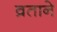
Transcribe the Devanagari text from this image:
व्रताने